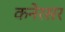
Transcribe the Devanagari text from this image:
कनेरसर